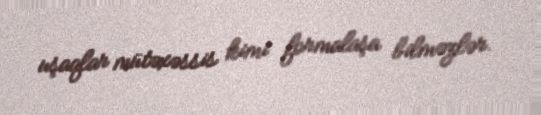
uşaqlar mütəxəssis kimi formalaşa bilməzlər.